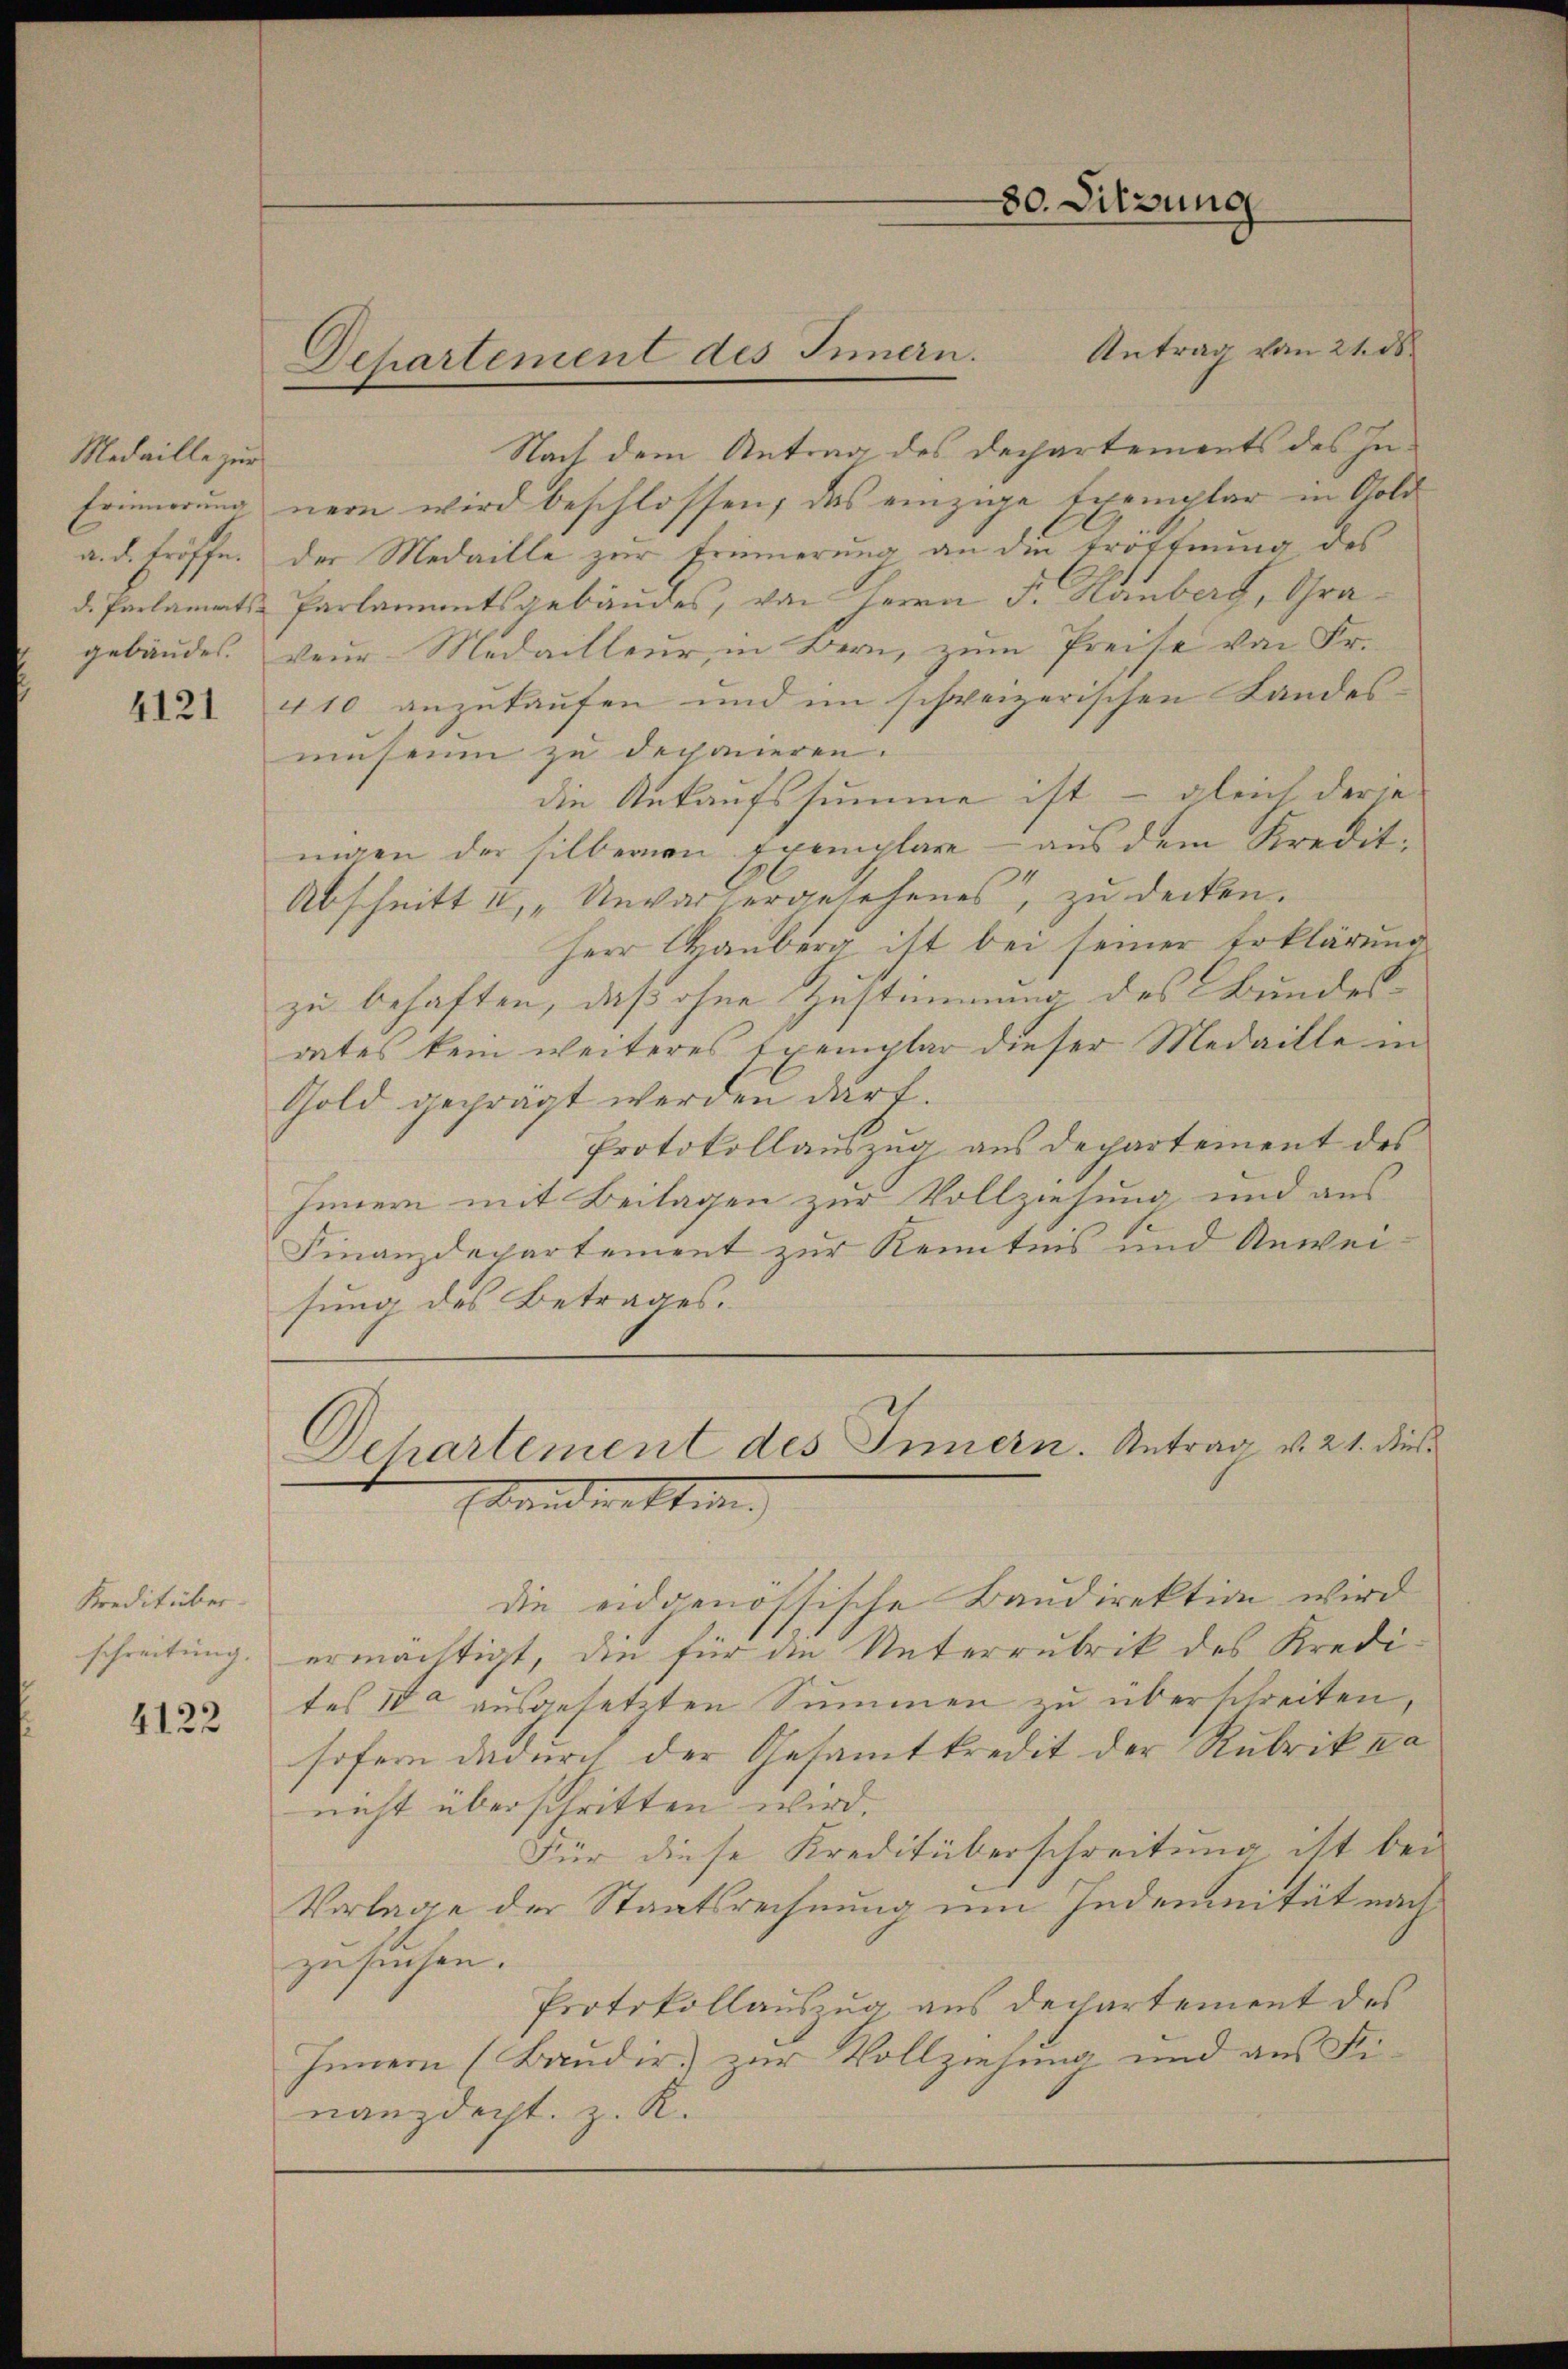
Medaille zur
d. Parlaments-

4121

Kreditüber
schreitung.

4122

Nach dem Antrag des Dechartements des In¬
Erinnerung neun wird beschlossen, das einzige Exemplar in Gold
a. d. Eröffe. Der Medaille zur Erinnerung an die Eröffnung des
Parlamentsgebäudes, von Herrn F. Rauberg, Gragebäudes, teur Medailleur, in Bern, zum Preise von Fr.
410 anzukaufen und im schweizerischen Landes-
museum zu dechanieren.
die Ankaufssumme ist – gleich derie
nigen der silberen Exemplare - aus dem Kredit-
Abschnitt u. „Unvorhergesehenes, zu decken.
Herr Canberg ist bei seiner Erklärung
zu behaften, daß ohne Zustimmung des Bundesrates kein weiteres Exemplar dieser Medaille in
Gold geprägt werden darf.
Protokollauszug aus Departement des
Innern mit Beilagen zur Vollziehung und aus
Finanzdepartement zur Kenntnis und Anwei
sung des Betrages.
Dehartement des Innern. Antrag d. 21. dies
band netten.) |
die eidgenössische Baudirektion wird
ermächtigt, die für die Unterrubrik des Kredites da ausgesetzten Summen zu überschreiten,
sofern dadurch der Gesammtkredit der Rubrik ka
nicht überschritten wird.
Für diese Kreditüberschreitung ist bei
Vorlage der Staatsrechnung um Indemnität nach
zusuchen.
Protokollauszug aus dechartement des
Innern (Baudir. zur Vollziehung und aus die
nanzdept. z. R.

Departement des Innern. Antrag vom 21. ds.

80. Sitzung